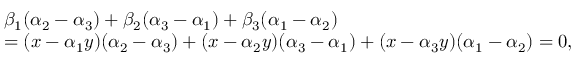
\begin{array} { r l } & { \beta _ { 1 } ( \alpha _ { 2 } - \alpha _ { 3 } ) + \beta _ { 2 } ( \alpha _ { 3 } - \alpha _ { 1 } ) + \beta _ { 3 } ( \alpha _ { 1 } - \alpha _ { 2 } ) } \\ & { = ( x - \alpha _ { 1 } y ) ( \alpha _ { 2 } - \alpha _ { 3 } ) + ( x - \alpha _ { 2 } y ) ( \alpha _ { 3 } - \alpha _ { 1 } ) + ( x - \alpha _ { 3 } y ) ( \alpha _ { 1 } - \alpha _ { 2 } ) = 0 , } \end{array}